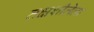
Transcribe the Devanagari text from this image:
तक्षशीलेला